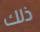
ذلك